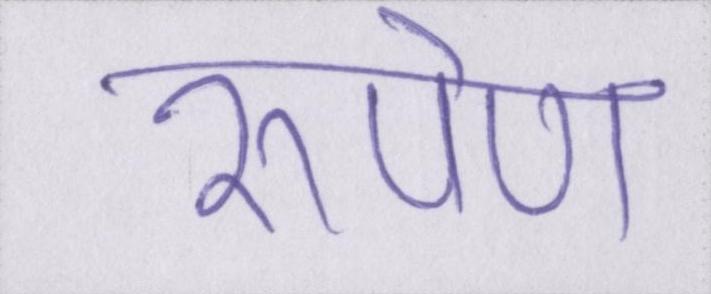
रूपेण